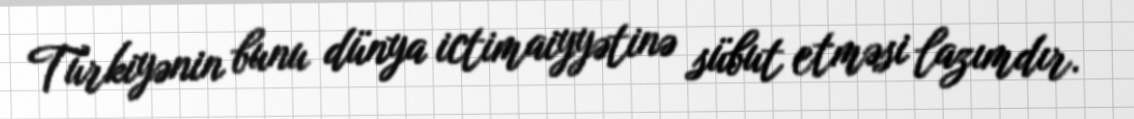
Türkiyənin bunu dünya ictimaiyyətinə sübut etməsi lazımdır.